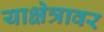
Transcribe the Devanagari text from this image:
याक्षेत्रावर